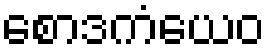
စောဒကံယေဝ